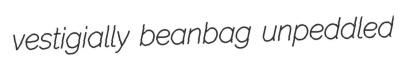
vestigially beanbag unpeddled